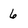
Character: 6